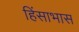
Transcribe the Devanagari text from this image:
हिंसाभास